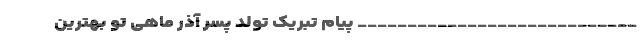
____________________________ پیام تبریک تولد پسر آذر ماهی تو بهترین